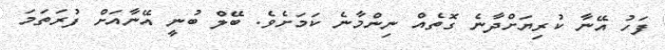
ފަހު އޭނާ ކުރިޔަށްދާނެ ގޮތެއް ނިންމާނެ ކަމަށެވެ. ބޭލް ބުނީ އޭނާއަށް ފުރަތަމަ